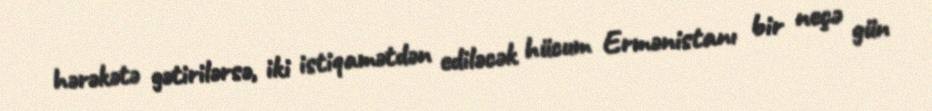
hərəkətə gətirilərsə, iki istiqamətdən ediləcək hücum Ermənistanı bir neçə gün